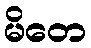
မိတေ